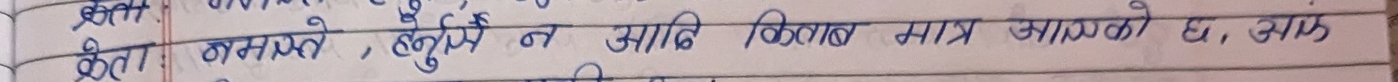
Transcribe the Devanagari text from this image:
केता भन्नसक्ने, हनुर्दन आदि किताब मात्र आफ्‌नो छ, उहाँ